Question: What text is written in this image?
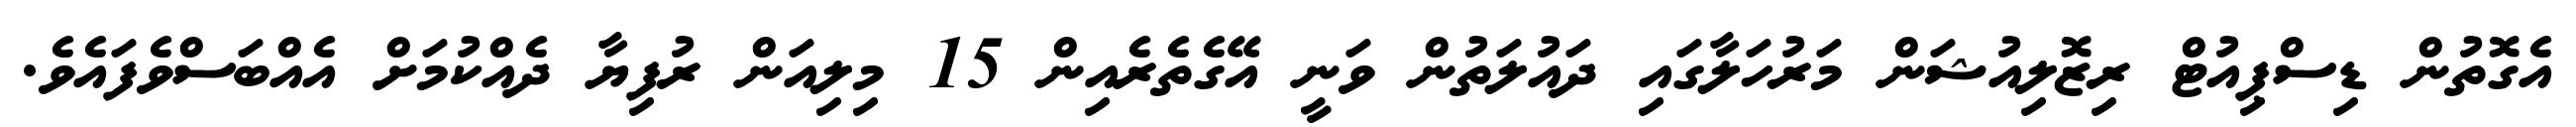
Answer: އެގޮތުން ޑިސްޕިއުޓް ރިޒޮލިއުޝަން މަރުހަލާގައި ދައުލަތުން ވަނީ އޭގެތެރެއިން 15 މިލިއަން ރުފިޔާ ދެއްކުމަށް އެއްބަސްވެފައެވެ.